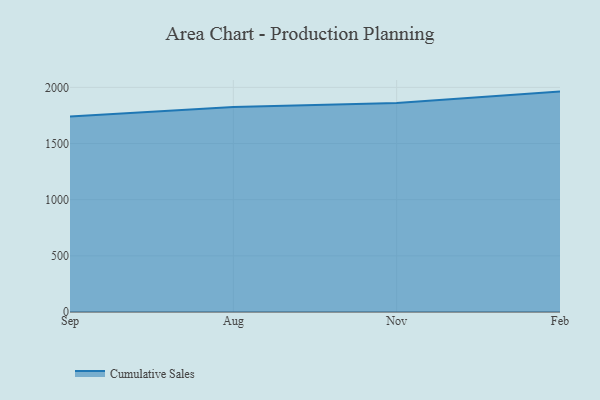
{"axis": {"x": "Month", "y": "Latency (ms)"}, "legend": ["Cumulative Sales"], "data": [{"x": "Sep", "y": 1741.1, "type": "Cumulative Sales"}, {"x": "Aug", "y": 1825.2, "type": "Cumulative Sales"}, {"x": "Nov", "y": 1860.1, "type": "Cumulative Sales"}, {"x": "Feb", "y": 1962.5, "type": "Cumulative Sales"}]}